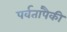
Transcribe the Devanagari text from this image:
पर्वतांपैकी